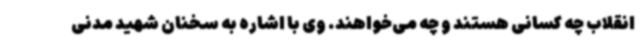
انقلاب چه کسانی هستند و چه می‌خواهند. وی با اشاره به سخنان شهید مدنی